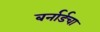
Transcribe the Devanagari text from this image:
बर्नार्डचा